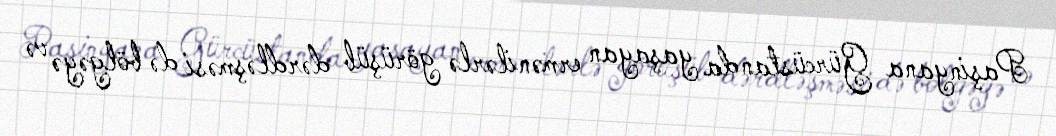
Paşinyana Gürcüstanda yaşayan ermənilərlə görüşüb dərdləşməsi də bölgəyə və